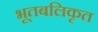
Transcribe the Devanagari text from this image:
भूतबलिकृत